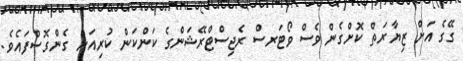
ގޭގެ އަށް ޒިޔާރަތް ކޮށްގެން ވެސް ވޯޓަރސް ރެޖިސްޓްރޭޝަންގެ ކަންކަން ކުރިއަށް ގެންގޮސްފައެވެ.